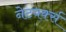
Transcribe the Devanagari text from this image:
नेटवर्क्‍स